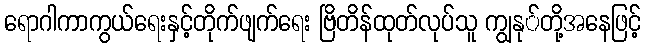
ရောဂါကာကွယ်ရေးနှင့်တိုက်ဖျက်ရေး ဗြိတိန်ထုတ်လုပ်သူ ကျွနု်တို့အနေဖြင့်